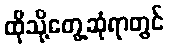
ထိုသို့တွေ့ဆုံရာတွင်